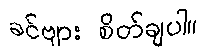
ခင်ဗျား စိတ်ချပါ။